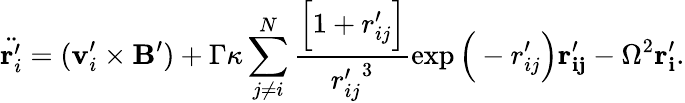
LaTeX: \ddot{\mathbf{r}_{i}^{\prime}}=(\mathbf{v}_{i}^{\prime}\times\mathbf{B^{\prime}})+\Gamma\kappa\sum_{j\neq i}^{N}\frac{\Big[1+{r_{ij}^{\prime}}\Big]}{{r_{ij}^{\prime}}^{3}}\exp\Big(-{r_{ij}^{\prime}}\Big){\mathbf{r_{ij}^{\prime}}}-\Omega^{2}{\mathbf{r_{i}^{\prime}}}.